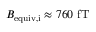
B _ { \mathrm { e q u i v , i } } \approx 7 6 0 ~ \mathrm { f T }